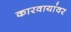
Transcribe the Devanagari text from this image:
कारवायांवर